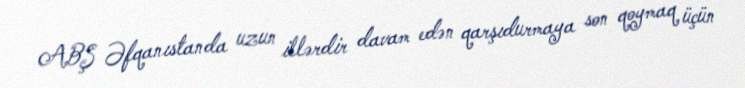
ABŞ Əfqanıstanda uzun illərdir davam edən qarşıdurmaya son qoymaq üçün